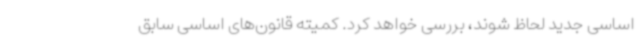
اساسی جدید لحاظ شوند، بررسی خواهد کرد. کمیته قانون‌های اساسی سابق